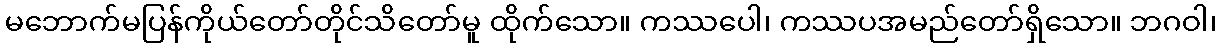
မဘောက်မပြန်ကိုယ်တော်တိုင်သိတော်မူ ထိုက်သော။ ကဿပေါ၊ ကဿပအမည်တော်ရှိသော။ ဘဂဝါ၊